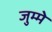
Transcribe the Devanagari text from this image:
जुम्मे